Vaccination in Bombay 1924-1928 - 1924-1928
Year: 1924
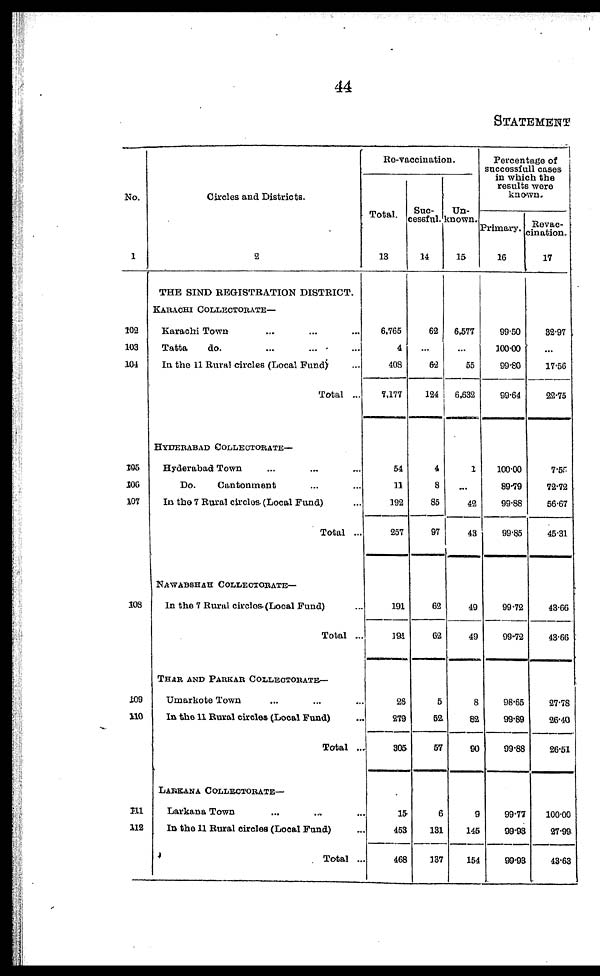
44
STATEMENT
No.
1
102
103
104
105
106
107
108
109
110
211
112
Circles and Districts.
2
THE SIND REGISTRATION DISTRICT.
KARACHI COLLECTORATE—
Karachi Town ... ... ...
Tatta
do. ... ... ...
In the 11 Rural circles (Local Fund) ...
Total ...
HYDERABAD COLLECTORATE—
Hyderabad Town ... ... ...
Do.
Cantonment ... ...
In the 7 Rural circles. (Local Fund) ...
Total ...
NAWABSHAH COLLECTORATE—
In the 7 Rural circles. (Local Fund) ...
Total ...
THAR AND PARKAR COLLECTORATE—
Umarkote Town ... ... ...
In the 11 Rural circles (Local Fund) ...
Total ...
LARKANA COLLECTORATE—
Larkana Town ... ... ...
In the 11 Rural circles (Local Fund) ...
Total ...
Re-vaccination.
Total.
13
6,765
4
408
7,177
54
11
192
257
191
191
26
279
305
15
453
468
Suc¬
cessful.
14
62
...
62
124
4
8
85
97
62
62
5
52
57
6
131
137
Un¬
known.
15
6,577
...
55
6,632
1
...
42
43
49
49
8
82
90
9
145
154
Percentage of
successfull cases
in which the
results were
known.
Primary.
16
99.50
100.00
99.80
99.64
100.00
89.79
99.88
99.85
99.72
99.72
98.65
99.89
99.88
99.77
99.93
99.93
Revac¬
cination.
17
32.97
...
17.56
22.75
7.55
72.72
56.67
45.31
43.66
43.66
27.78
26.40
26.51
100.00
27.99
43.63